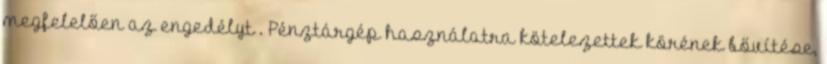
megfelelően az engedélyt . Pénztárgép használatra kötelezettek körének bővítése,